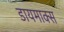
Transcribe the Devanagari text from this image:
डायमाक्स